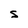
Character: S